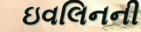
ઇવલિનની